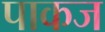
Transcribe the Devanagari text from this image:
पाकज